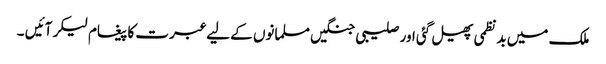
ملک میں بدنظمی پھیل گئی اور صلیبی جنگیں مسلمانوں کے لیے عبرت کا پیغام لیکر آئیں ۔